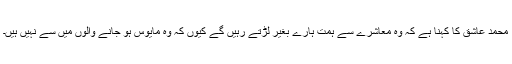
محمد عاشق کا کہنا ہے کہ وہ معاشرے سے ہمت ہارے بغیر لڑتے رہیں گے کیوں کہ وہ مایوس ہو جانے والوں میں سے نہیں ہیں۔